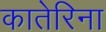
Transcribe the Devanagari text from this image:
कातेरिना